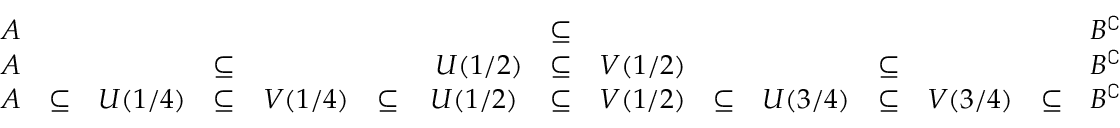
{ \begin{array} { c c c c c c c c c c c c c c c } { A } & & & & & & & { \subseteq } & & & & & & & { B ^ { \complement } } \\ { A } & & & { \subseteq } & & & { \ U ( 1 / 2 ) } & { \subseteq } & { V ( 1 / 2 ) } & & & { \subseteq } & & & { B ^ { \complement } } \\ { A } & { \subseteq } & { U ( 1 / 4 ) } & { \subseteq } & { V ( 1 / 4 ) } & { \subseteq } & { U ( 1 / 2 ) } & { \subseteq } & { V ( 1 / 2 ) } & { \subseteq } & { U ( 3 / 4 ) } & { \subseteq } & { V ( 3 / 4 ) } & { \subseteq } & { B ^ { \complement } } \end{array} }